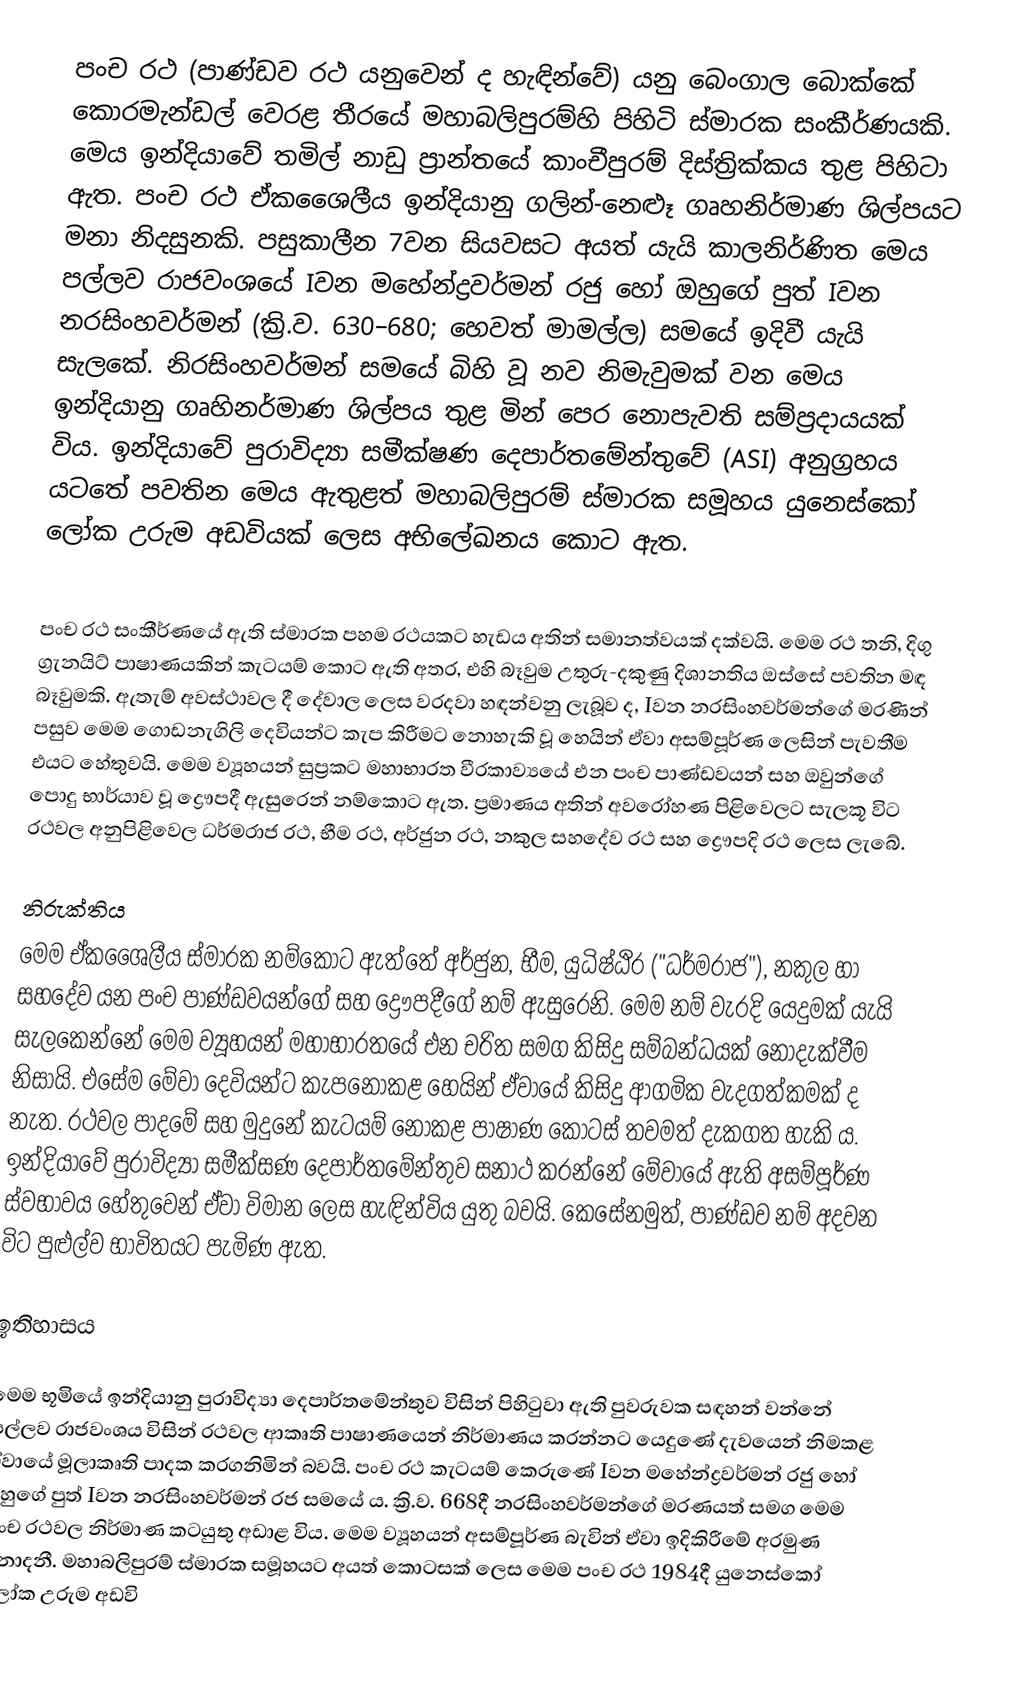
පංච රථ (පාණ්ඩව රථ යනුවෙන් ද හැඳින්වේ) යනු බෙංගාල බොක්කේ කොරමැන්ඩල් වෙරළ තීරයේ මහාබලිපුරම්හි පිහිටි ස්මාරක සංකීර්ණයකි. මෙය ඉන්දියාවේ තමිල් නාඩු ප්‍රාන්තයේ කාංචීපුරම් දිස්ත්‍රික්කය තුළ පිහිටා ඇත. පංච රථ ඒකශෛලීය ඉන්දියානු ගලින්‍-නෙළූ ගෘහනිර්මාණ ශිල්පයට මනා නිදසුනකි. පසුකාලීන 7වන සියවසට අයත් යැයි කාලනිර්ණිත මෙය පල්ලව රාජවංශයේ Iවන ‍මහේන්ද්‍රවර්මන් රජු හෝ ඔහුගේ පුත් Iවන නරසිංහවර්මන් (ක්‍රි.ව. 630–680; හෙවත් මාමල්ල) සමයේ ඉදිවී යැයි සැල‍කේ. නිරසිංහවර්මන් සමයේ බිහි වූ නව නිමැවුමක් වන මෙය ඉන්දියානු ගෘහිනර්මාණ ශිල්පය තුළ මින් පෙර නොපැවති සම්ප්‍රදායයක් විය. ඉන්දියාවේ පුරාවිද්‍යා සමීක්ෂණ දෙපාර්තමේන්තුවේ (ASI) අනුග්‍රහය යටතේ පවතින මෙය ඇතුළත් මහාබලිපුරම් ස්මාරක සමූහය යුනෙස්කෝ ලෝක උරුම අඩවියක් ලෙස අභිලේඛනය කොට ඇත.

පංච රථ සංකීර්ණයේ ඇති ස්මාරක පහම රථයකට හැඩය අතින් සමානත්වයක් දක්වයි. මෙම රථ තනි, දිගු ග්‍රැනයිට් පාෂාණයකින් කැටයම් කොට ඇති අතර, එහි බෑවුම උතුරු-දකුණු දිශානතිය ඔස්සේ පවතින මඳ බෑවුමකි. ඇතැම් අවස්ථාවල දී දේවාල ලෙස වරදවා හඳන්වනු ලැබූව ද, Iවන නරසිංහවර්මන්ගේ මරණින් පසුව‍ මෙම ගොඩනැගිලි දෙවියන්ට කැප කිරීමට නොහැකි වූ හෙයින් ඒවා අසම්පූර්ණ ලෙසින් පැවතීම එයට හේතුවයි. මෙම ව්‍යූහයන් සුප්‍රකට මහාභාරත වීරකාව්‍යයේ එන පංච පාණ්ඩවයන් සහ ඔවුන්ගේ පොදු භාර්යාව වූ ද්‍රෞපදී ඇසුරෙන් නම්කොට ඇත. ප්‍රමාණය අතින් අවරෝහණ පිළිවෙලට සැලකූ විට රථවල අනුපිළිවෙල ධර්මරාජ රථ, භීම රථ, අර්ජුන රථ, නකුල සහදේව රථ සහ ද්‍රෞපදි රථ ලෙස ලැබේ.

නිරුක්තිය
මෙම ඒකශෛලීය ස්මාරක නම්කොට ඇත්තේ අර්ජුන, භීම, යුධිෂ්ඨිර ("ධර්මරාජ"), නකුල හා සහදේව යන පංච පාණ්ඩවයන්ගේ සහ ද්‍රෞපදීගේ නම් ඇසුරෙනි. මෙම නම් වැරදි යෙදුමක් යැයි සැලකෙන්නේ මෙම ව්‍යූහයන් මහාභාරතයේ එන චරිත සමග කිසිදු සම්බන්ධයක් නොදැක්වීම නිසායි. එසේම මේවා දෙවියන්ට කැපනොකළ හෙයින් ඒවායේ කිසිදු ආගමික වැදගත්කමක් ද නැත. රථවල පාදමේ සහ මුදුනේ කැටයම් නොකළ පාෂාණ කොටස් තවමත් දැකගත හැකි ය. ඉන්දියාවේ පුරාවිද්‍යා සමීක්සණ දෙපාර්තමේන්තුව සනාථ කරන්නේ මේවායේ ඇති අසම්පූර්ණ ස්වභාවය හේතුවෙන් ඒවා විමාන ලෙස හැඳින්විය යුතු බවයි. කෙසේනමුත්, පාණ්ඩව නම් අදවන විට පුළුල්ව භාවිතයට පැමිණ ඇත.

ඉතිහාසය

මෙම භූමියේ ඉන්දියානු පුරාවිද්‍යා දෙපාර්තමේන්තුව විසින් පිහිටුවා ඇති පුවරුවක සඳහන් වන්නේ පල්ලව රාජවංශය විසින් රථවල ආකෘති පාෂාණයෙන් නිර්මාණය කරන්නට යෙදුණේ දැවයෙන් නිමකළ ඒවායේ මූලාකෘති පාදක කරගනිමින් බවයි. පංච රථ කැටයම් කෙරුණේ Iවන මහේන්ද්‍රවර්මන් රජු හෝ ඔහුගේ පුත් Iවන නරසිංහවර්මන් රජ සමයේ ය. ක්‍රි.ව. 668දී නරසිංහවර්මන්ගේ මරණයත් සමග මෙම පංච රථවල නිර්මාණ කටයුතු අඩාළ විය. මෙම ව්‍යූහයන් අසම්පූර්ණ බැවින් ඒවා ඉදිකිරීමේ අරමුණ නොදනී. මහාබලිපුරම් ස්මාරක සමූහයට අයත් කොටසක් ලෙස මෙම පංච රථ 1984දී යුනෙස්කෝ ලෝක උරුම අඩවි